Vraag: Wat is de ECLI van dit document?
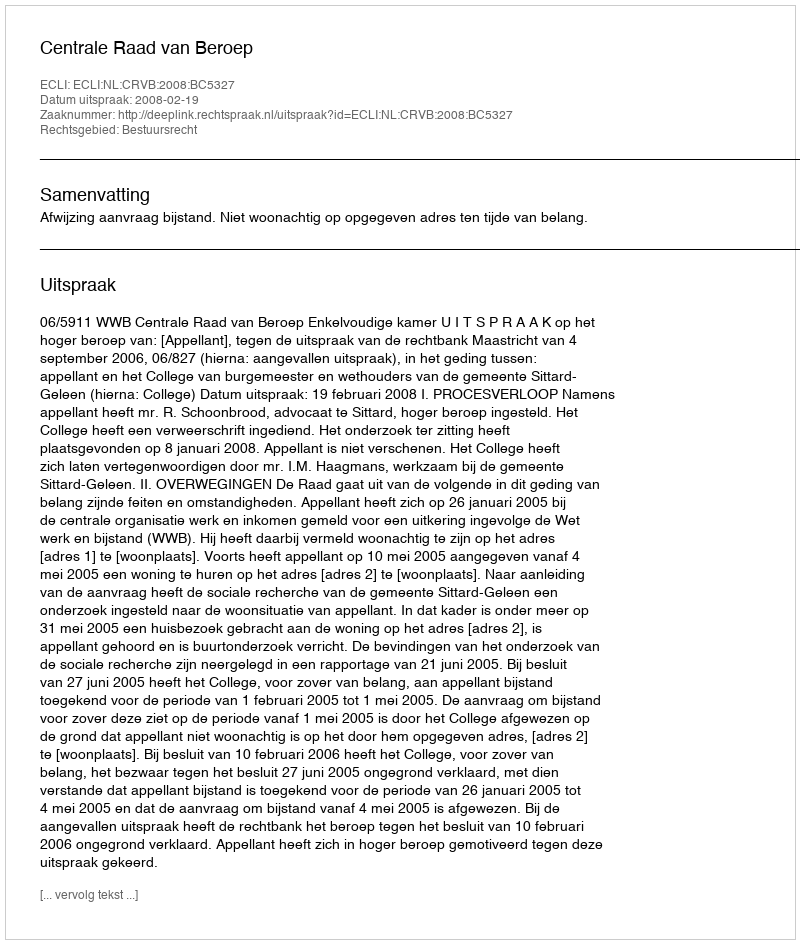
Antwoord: ECLI:NL:CRVB:2008:BC5327